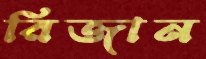
রিজান